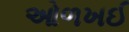
ઓળખઈ